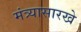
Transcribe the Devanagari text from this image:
मंत्र्यासारखे